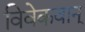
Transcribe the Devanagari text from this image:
विवेकवान्